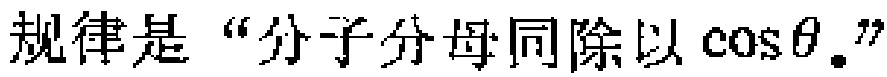
规律是“分子分母同除以\(\cos\theta\)。”